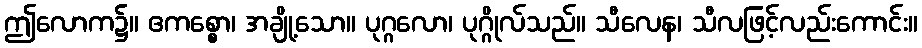
ဤလောက၌။ ဧကစ္စော၊ အချို့သော။ ပုဂ္ဂလော၊ ပုဂ္ဂိုလ်သည်။ သီလေန၊ သီလဖြင့်လည်းကောင်း။